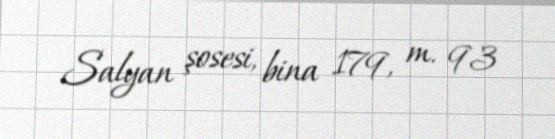
Salyan şosesi, bina 179, m. 93